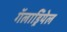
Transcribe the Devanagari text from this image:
गॅलाड्रियेल